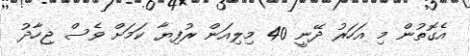
އެގޮތުން މި އަހަރު ދޭނީ 40 މިލިއަން ރުފިޔާ ކަމަށް ވެސް ޖިހާދު